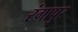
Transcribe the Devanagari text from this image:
रंगापुर